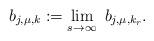
LaTeX: \begin{align*}b_{j,\mu , k }:=\lim _{s \rightarrow \infty} \ b_{j,\mu , k_r}.\end{align*}